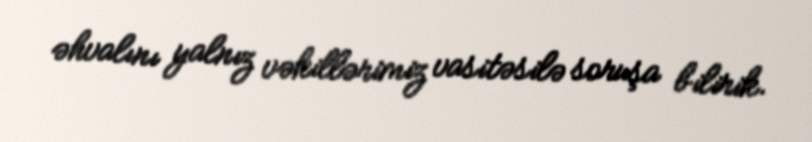
əhvalını yalnız vəkillərimiz vasitəsilə soruşa bilirik.